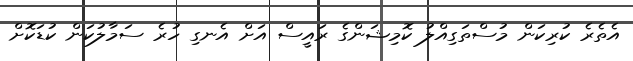
އެތެރެ ކުރިކަން މުސްތަގިއްލު ކޮމިޝަންގެ ރައީސް އަށް އެނގި ހުރެ ސަމާލުކަން ކުޑަކޮށް